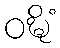
ဝဍ္ဎိံ